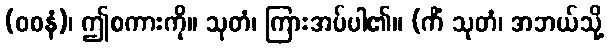
(ဝစနံ)၊ ဤစကားကို။ သုတံ၊ ကြားအပ်ပါ၏။ (ကိံ သုတံ၊ အဘယ်သို့